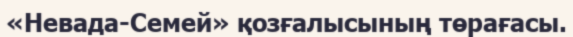
«Невада-Семей» қозғалысының төрағасы.